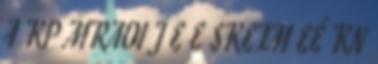
A KP MRAOI J E E SKETM EÉ KN